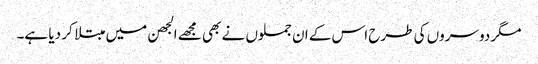
مگر دوسروں کی طرح اس کے ان جملوں نے بھی مجھے الجھن میں مبتلا کر دیا ہے۔